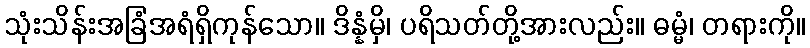
သုံးသိန်းအခြံအရံရှိကုန်သော။ ဒိန္နံမှိ၊ ပရိသတ်တို့အားလည်း။ ဓမ္မံ၊ တရားကို။